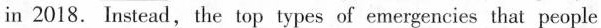
in 2018. Instead, the top types of emergencies that people